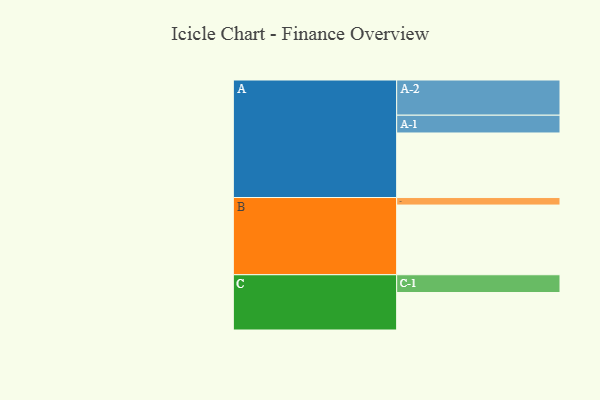
{"axis": {"x": "Segment", "y": "Value"}, "legend": ["", "A", "B", "C"], "data": [{"x": "A", "y": 541, "type": ""}, {"x": "B", "y": 584, "type": ""}, {"x": "C", "y": 314, "type": ""}, {"x": "A-1", "y": 149, "type": "A"}, {"x": "A-2", "y": 295, "type": "A"}, {"x": "B-1", "y": 63, "type": "B"}, {"x": "C-1", "y": 149, "type": "C"}]}